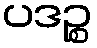
ပဒဉ္စ